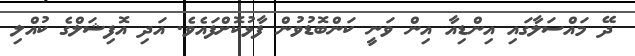
ދޭ މައްސަލާގައި އިންޑިއާ އިން ވަނީ ކަންބޮޑުވުން ފާޅުކޮށްފައެވެ. އަދި އޮފިޝަލްގެ ކުއްލި